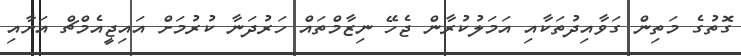
ގޮތުގެ މަތިން ގަވާއިދުތަކާއި އަމަލުކުރާން ޖެހޭ ނިޒާމްތައް ހަރުދަނާ ކުރުމަށް އައިޖީއެމްޗް އަށާއި